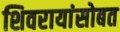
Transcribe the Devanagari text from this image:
शिवरायांसोबत